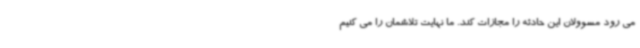
می رود مسوولان این حادثه را مجازات کند. ما نهایت تلاشمان را می کنیم